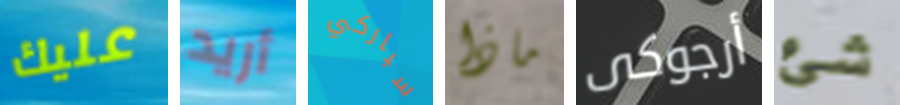
عليك أريد سباركي ماذا أرجوكى شئ